Document type: Grant
Year: 1310
Scribe: [Unknown]
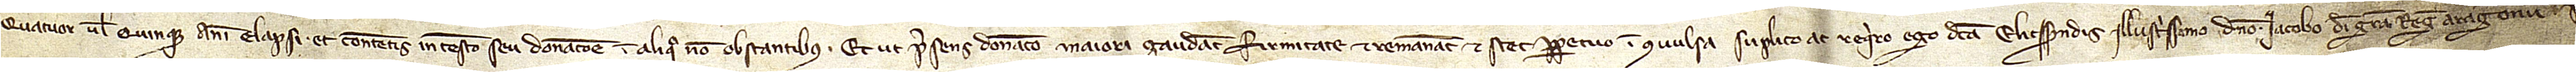
quatuor vel quinque anni elapsi, et contentis in testamento seu donacione in aliquo non obstantibus. Et ut presens donacio maiori gaudeant firmitate et remaneat et stet perpetuo inconvulsa, suplico ac requiro ego dicta Elicsendis illustrissimo domino Iacobo, Dei gratia regi Aragonum, pre